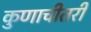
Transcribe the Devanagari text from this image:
कुणाचीतरी